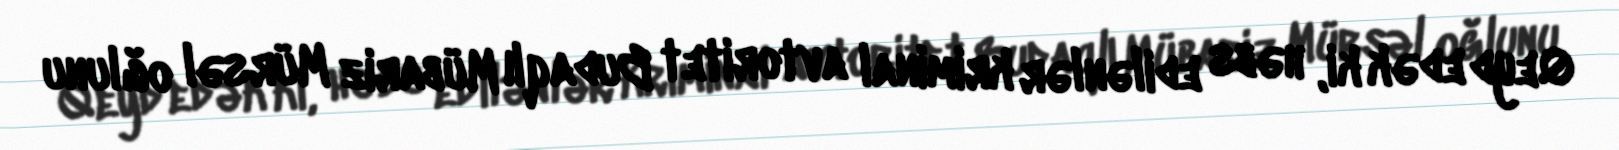
Qeyd edək ki, həbs edilənlər kriminal avtoritet Budaqlı Mübariz Mürsəl oğlunu